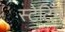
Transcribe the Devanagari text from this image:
स्टेटिंग